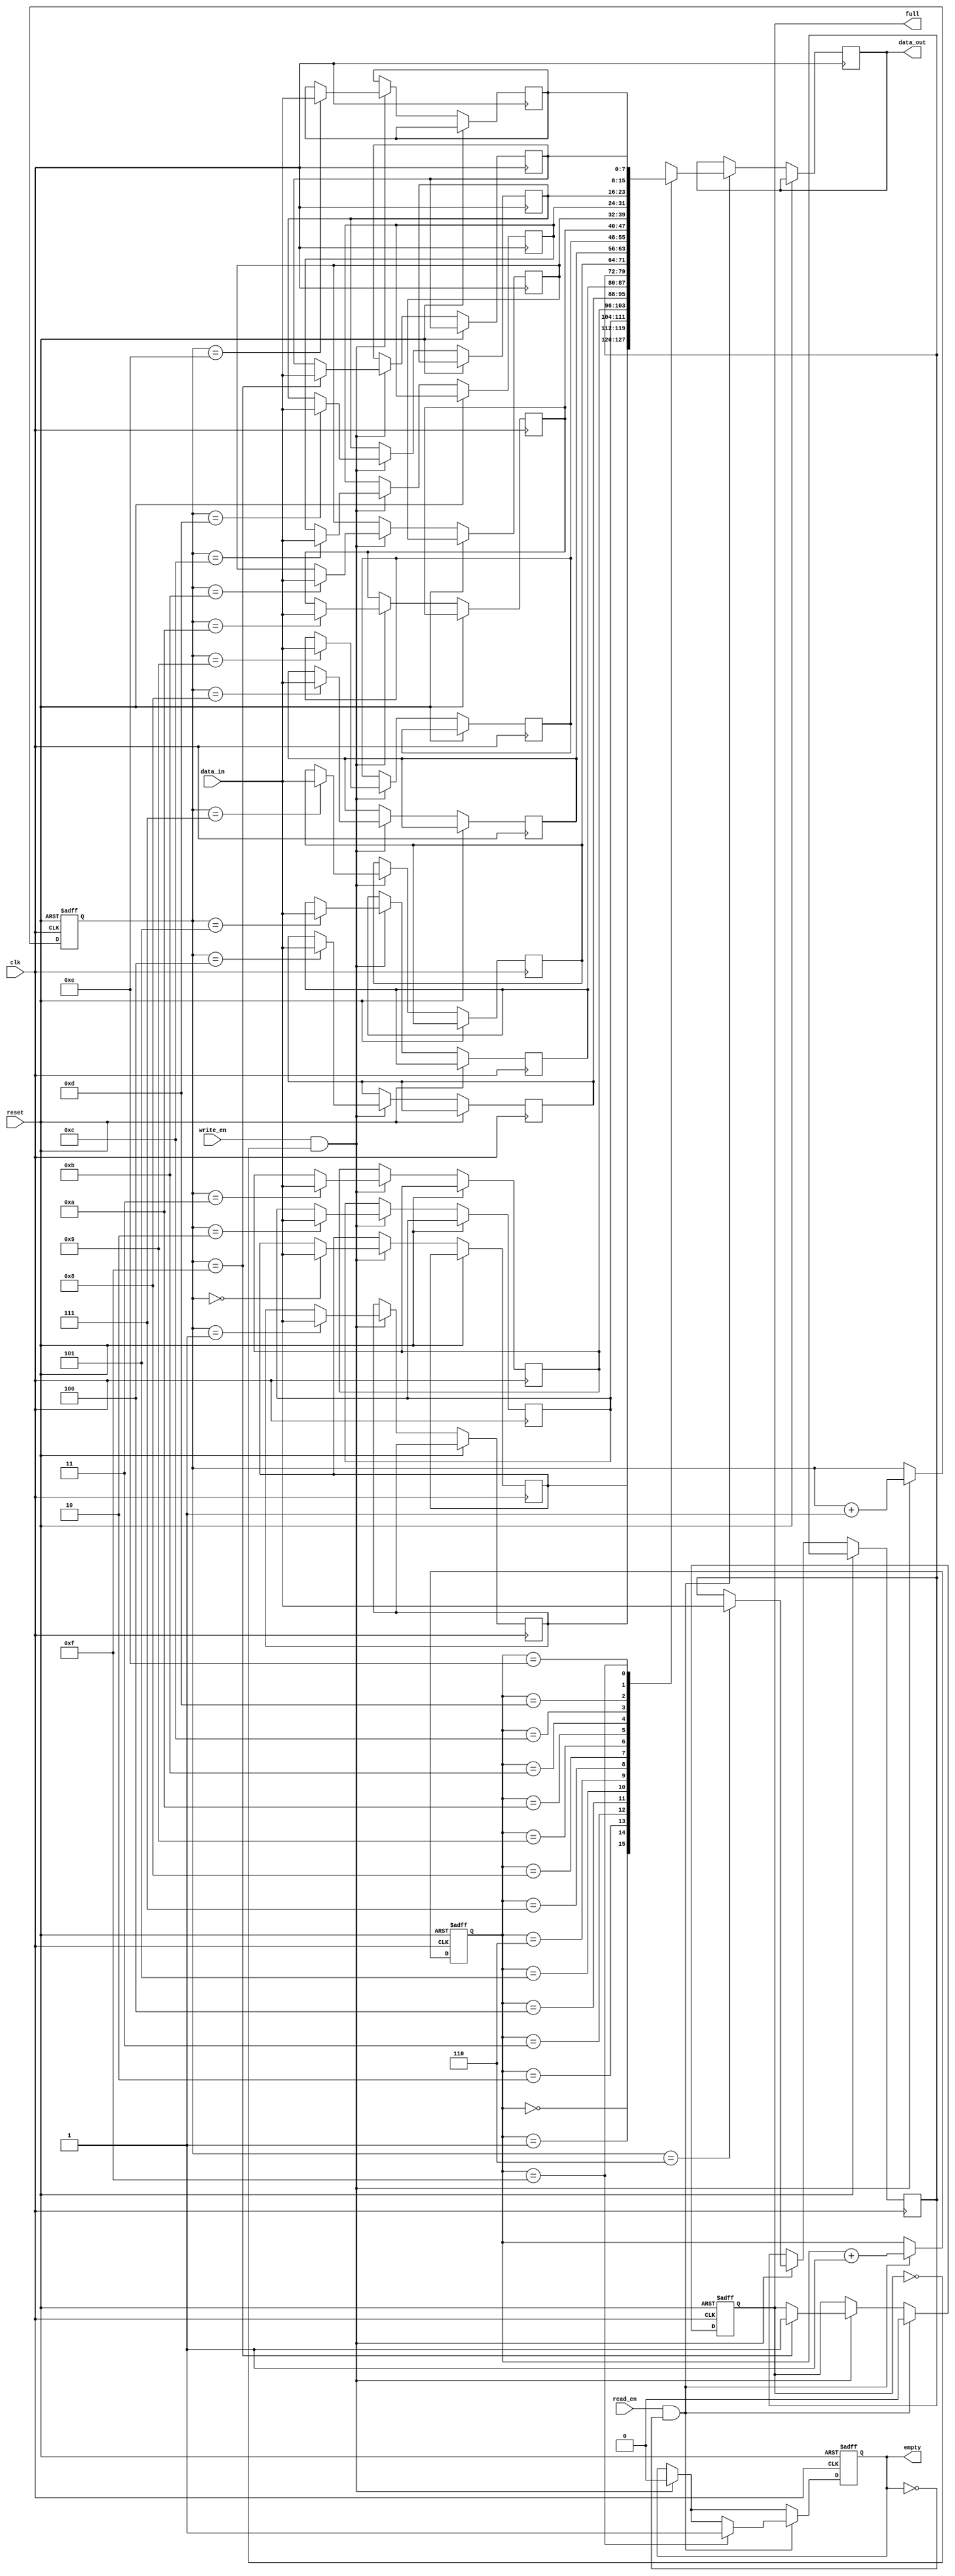
module Bidirectional_FIFO (
  input wire clk,
  input wire reset,
  input wire write_en,
  input wire read_en,
  input wire [7:0] data_in,
  output reg [7:0] data_out,
  output reg full,
  output reg empty
);

parameter DEPTH = 16;
reg [7:0] memory [0:DEPTH-1];
reg [3:0] write_ptr;
reg [3:0] read_ptr;

always @(posedge clk or posedge reset) begin
  if (reset) begin
    write_ptr <= 4'b0000;
    read_ptr <= 4'b0000;
    full <= 1'b0;
    empty <= 1'b1;
  end else begin
    if (write_en && !full) begin
      memory[write_ptr] <= data_in;
      write_ptr <= write_ptr + 1;
      if (write_ptr == DEPTH-1) begin
        full <= 1'b1;
      end
      empty <= 1'b0;
    end
    if (read_en && !empty) begin
      data_out <= memory[read_ptr];
      read_ptr <= read_ptr + 1;
      if (read_ptr == DEPTH-1) begin
        empty <= 1'b1;
      end
      full <= 1'b0;
    end
  end
end

endmodule